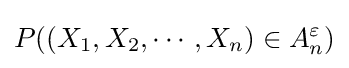
P((X_{1},X_{2},\cdots ,X_{n})\in A_{n}^{\varepsilon })